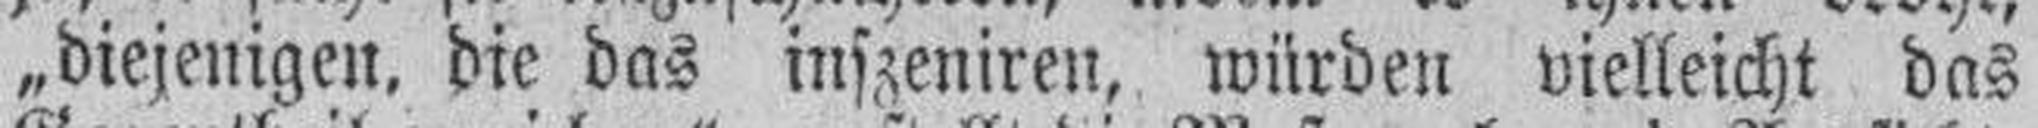
„diejemgen, die das inszeniren, würden vielleicht das